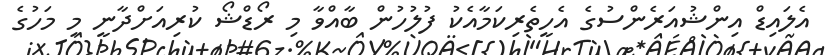
އެލައިޑް އިންޝުއަރެންސުގެ އެހީތެރިކަމާއެކު ފުލުހުން ބާއްވާ މި ރޯޑްޝޯ ކުރިއަށްދާނީ މި މަހުގެ